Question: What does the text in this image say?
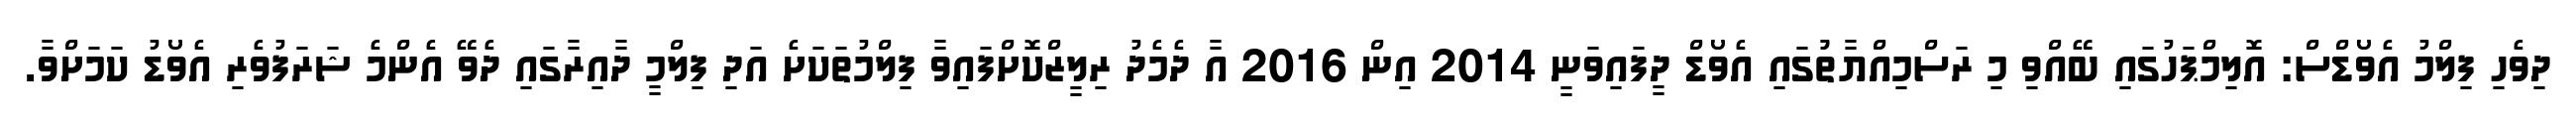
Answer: ދިވެހި ފިލްމު އެވޯޑްސް: އޮލިމްޕަހުގައި ބޭއްވި މި ރަސްމިއްޔާތުުގައި އެވޯޑް ދީފައިވަނީ 2014 އިން 2016 އާ ދެމެދު ރިލީޒްކޮށްފައިވާ ފިލްމުތަކަށެ އަދި ފިލްމީ ދާއިރާގައި ދެވޭ އެންމެ ޝަރަފުވެރި އެވޯޑު ކަމަށްވާ.